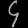
Digit: ၄